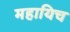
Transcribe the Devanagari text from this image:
महायिच